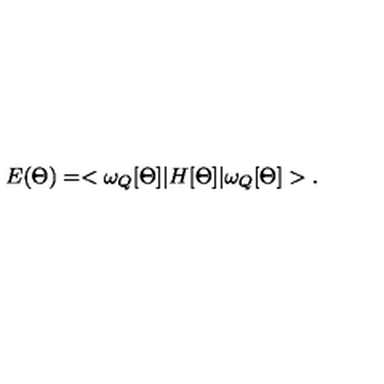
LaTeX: E ( \Theta ) = < \omega _ { Q } [ \Theta ] | H [ \Theta ] | \omega _ { Q } [ \Theta ] > .